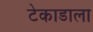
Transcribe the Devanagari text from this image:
टेकाडाला